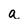
Character: a